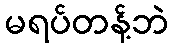
မရပ်တန့်ဘဲ